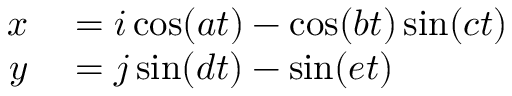
\begin{array} { r l } { x } & { { } = i \cos ( a t ) - \cos ( b t ) \sin ( c t ) } \\ { y } & { { } = j \sin ( d t ) - \sin ( e t ) } \end{array}